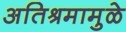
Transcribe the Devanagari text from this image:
अतिश्रमामुळे